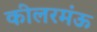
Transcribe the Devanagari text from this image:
कीलरमंऊ